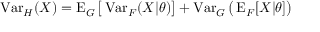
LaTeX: \operatorname { V a r } _ { H } ( X ) = \operatorname { E } _ { G } { \bigl [ } \operatorname { V a r } _ { F } ( X | \theta ) { \bigr ] } + \operatorname { V a r } _ { G } { \bigl ( } \operatorname { E } _ { F } [ X | \theta ] { \bigr ) }